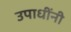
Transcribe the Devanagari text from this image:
उपाधींनी